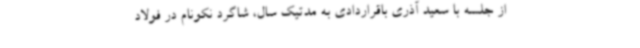
از جلسه با سعید آذری باقراردادی به مدتیک سال، شاگرد نکونام در فولاد